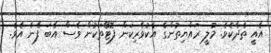
އެއީ ތެދެކެވެ. މުލީ ރައްޔިތުންގެ އެކުވެރިކަން ފޮޓޯތަކުން ވެސް އެބަ ފެނެ އެވެެ.